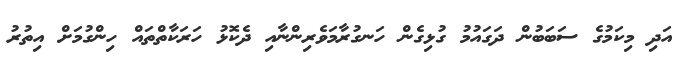
އަދި މިކަމުގެ ސަބަބުން ދަގައުމު ގުޅިގެން ހަނގުރާމަވެރިންނާއި ދެކޮޅު ހަރަކާތްތައް ހިންގުމަށް އިތުރު